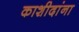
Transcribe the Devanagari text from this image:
काशीदांना